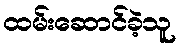
ထမ်းဆောင်ခဲ့သူ